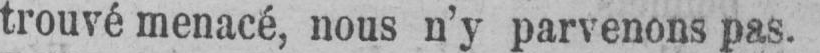
trouvé menacé, nous n’y parvenons pas.